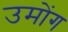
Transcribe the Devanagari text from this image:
उमोंग